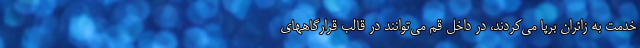
خدمت به زائران برپا می‌کردند، در داخل قم می‌توانند در قالب قرارگاههای